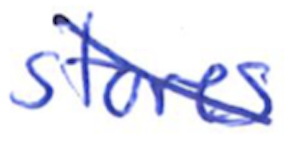
Text: stores
Cross-out: diagonal
Writing tool: ballpoint